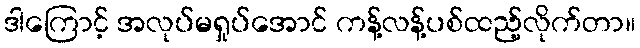
ဒါကြောင့် အလုပ်မရှုပ်အောင် ကန့်လန့်ပစ်ထည့်လိုက်တာ။